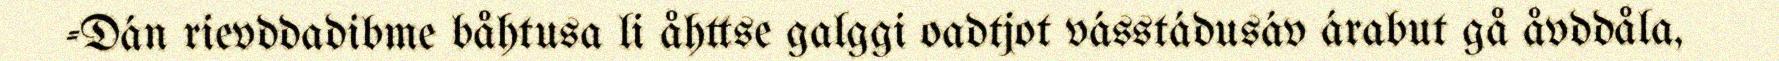
-Dán rievddadibme båhtusa li åhttse galggi oadtjot vásstádusáv árabut gå åvddåla,